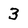
Character: 3